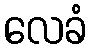
လေခံ